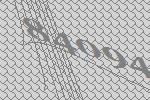
84094